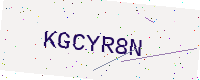
Text: KGCYR8N